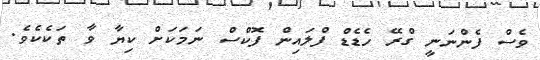
ވެސް ފެންނަނީ ގްރޭ ހެޑެޑް ފްލައިން ފޮކްސް ނަމަކަށް ކިޔާ ވާ ތަކެކެވެ.